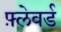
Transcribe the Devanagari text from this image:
फ़्लेवर्ड